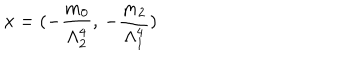
x = ( - \frac { m _ { 0 } } { \Lambda _ { 2 } ^ { 4 } } , \, - \frac { m _ { 2 } } { \Lambda _ { 1 } ^ { 4 } } )